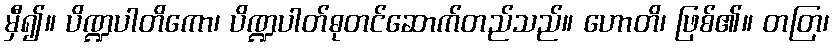
မှီ၍။ ပိဏ္ဍပါတိကော၊ ပိဏ္ဍပါတ်ဓုတင်ဆောက်တည်သည်။ ဟောတိ၊ ဖြစ်၏။ တတြ၊